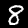
Digit: 8